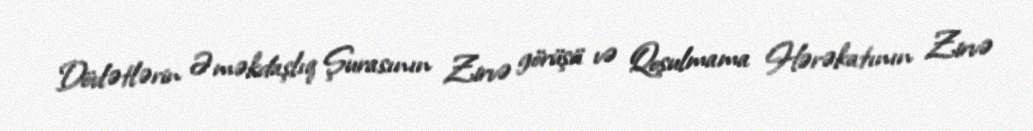
Dövlətlərin Əməkdaşlıq Şurasının Zirvə görüşü və Qoşulmama Hərəkatının Zirvə